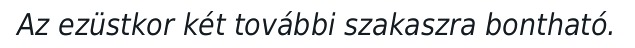
Az ezüstkor két további szakaszra bontható.